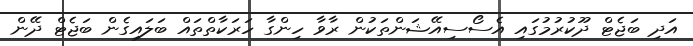
އަދި ބަޖެޓް ދޫކުރުމުގައި އެސޯސިއޭޝަންތަކުން ރާވާ ހިންގާ ހަރަކާތްތައް ބަލައިގެން ބަޖެޓް ދޭން